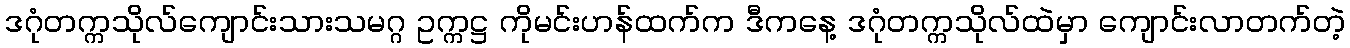
ဒဂုံတက္ကသိုလ်ကျောင်းသားသမဂ္ဂ ဥက္ကဋ္ဌ ကိုမင်းဟန်ထက်က ဒီကနေ့ ဒဂုံတက္ကသိုလ်ထဲမှာ ကျောင်းလာတက်တဲ့